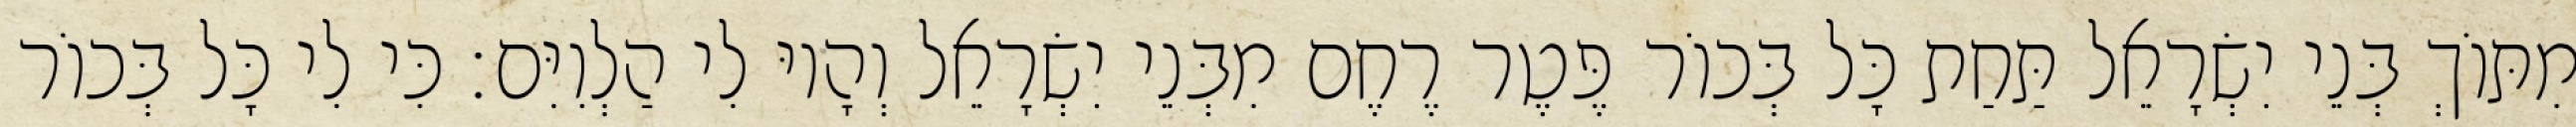
מִתּוֹךְ בְּנֵי יִשְׂרָאֵל תַּחַת כָּל בְּכוֹר פֶּטֶר רֶחֶם מִבְּנֵי יִשְׂרָאֵל וְהָיוּ לִי הַלְוִיִּם׃ כִּי לִי כָּל בְּכוֹר